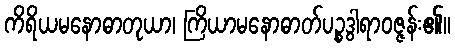
ကိရိယမနောဓာတုယာ၊ ကြိယာမနောဓာတ်ပဉ္စဒွါရာဝဇ္ဇန်း၏။